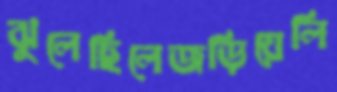
ঝুলেছিলেজড়িয়েলি